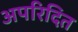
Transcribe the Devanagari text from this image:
अपरिदित